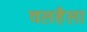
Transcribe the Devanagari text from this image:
वलहैला